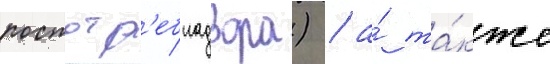
роспотр'ебнадзора) / а́ та́кже